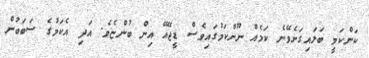
ކަންކަމީ ބަލައިގަނެވޭނެ ކަމެއް ނޫންކަމުގައިވެސް ޑީޖޭއޭ އިން ބުންޏެވެ. އަދި އެކަމުގެ ސަބަބުން